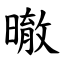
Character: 㬚